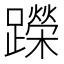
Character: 𬧘